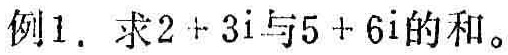
例1. 求\(2 + 3i\)与\(5 + 6i\)的和。